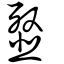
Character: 韰